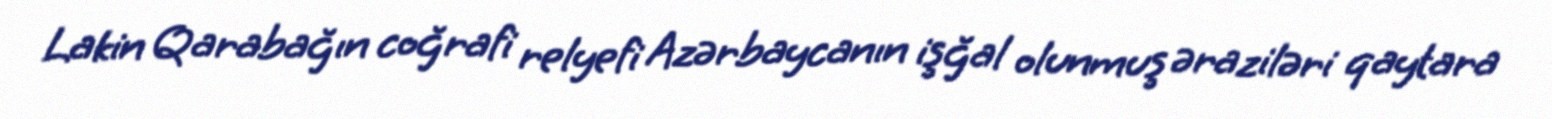
Lakin Qarabağın coğrafi relyefi Azərbaycanın işğal olunmuş əraziləri qaytara